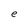
Character: e